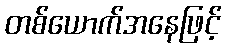
တစ်ယောက်အနေဖြင့်